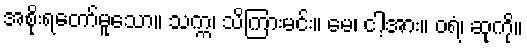
အစိုးရတော်မူသော။ သက္က၊ သိကြားမင်း။ မေ၊ ငါ့အား။ ဝရံ၊ ဆုကို။